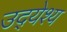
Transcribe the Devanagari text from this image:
उद्‍येश्य